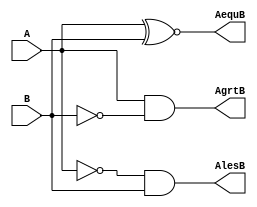
module mag_comp(input A,B, output AgrtB,AequB,AlesB);

assign AgrtB = A&(~B);
assign AequB = A~^B;
assign AlesB = (~A)&B;

endmodule